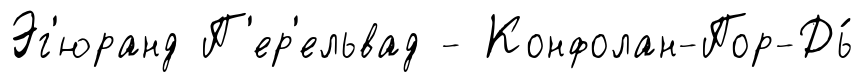
Эг'юранд П'ер'ельвад - Конфолан-Пор-Дь́